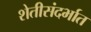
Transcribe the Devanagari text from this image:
शेतीसंदर्भात